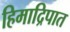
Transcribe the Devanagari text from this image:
हिमाद्रिपात